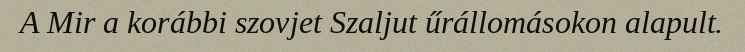
A Mir a korábbi szovjet Szaljut űrállomásokon alapult.